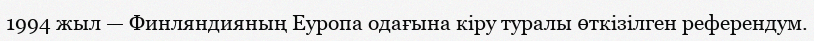
1994 жыл — Финляндияның Еуропа одағына кіру туралы өткізілген референдум.